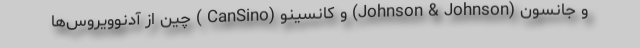
و جانسون (Johnson & Johnson) و کانسینو (CanSino ) چین از آدنوویروس‌ها